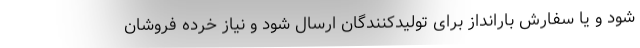
شود و یا سفارش بارانداز برای تولیدکنندگان ارسال شود و نیاز خرده فروشان